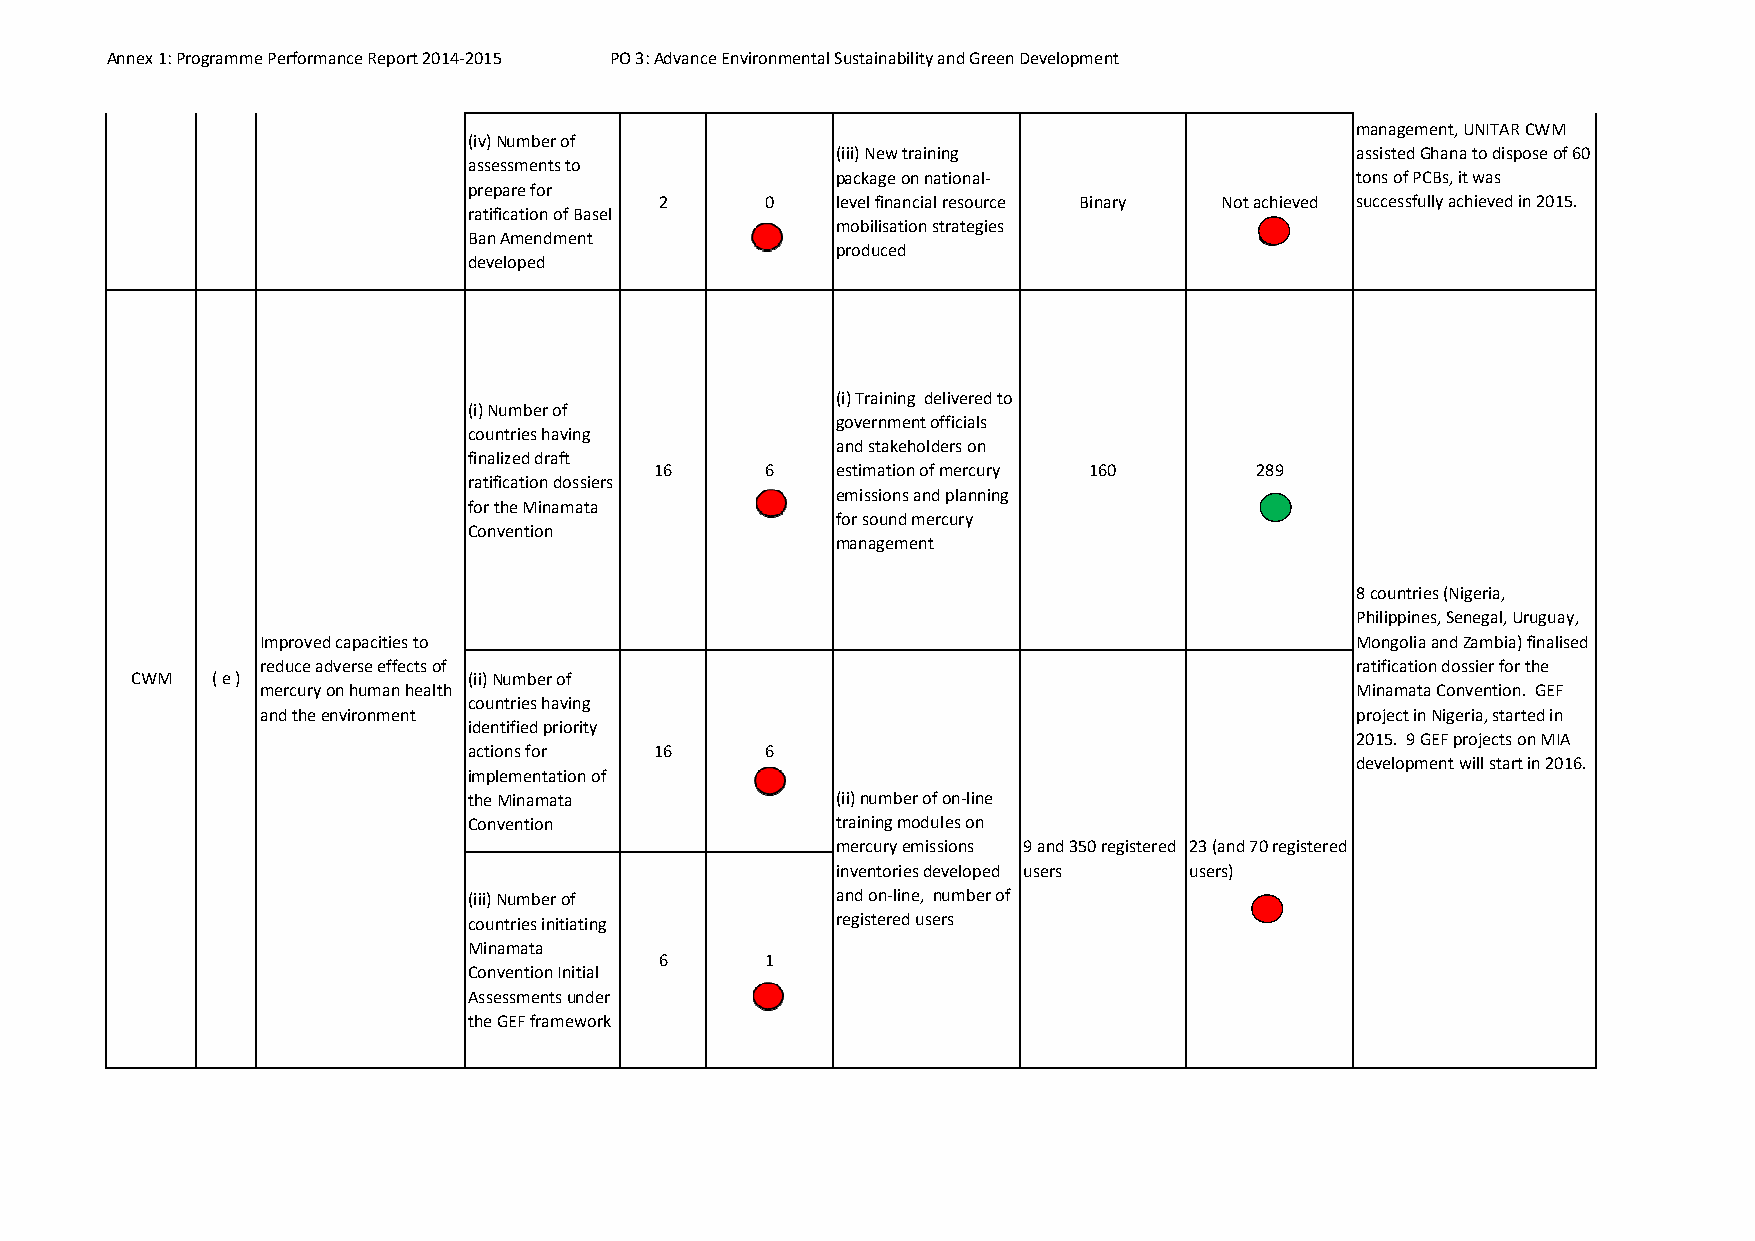
Annex 1: Programme Performance Report 2014‐2015 PO 3: Advance Environmental Sustainability and Green Development
 management, UNITAR CWM
 (iv) Number of
 (iii) New training                 assisted Ghana to dispose of 60
 assessments to
 package on national‐               tons of PCBs, it was
 prepare for
 2      0   level financial resource Binary Not achieved successfully achieved in 2015.
 ratification of Basel
 mobilisation strategies
 Ban Amendment
 produced
 developed
 (i) Training delivered to
 (i) Number of
 government officials
 countries having
 and stakeholders on
 finalized draft
 16      6   estimation of mercury 160   289
 ratification dossiers
 emissions and planning
 for the Minamata
 for sound mercury
 Convention
 management
 8 countries (Nigeria,
 Philippines, Senegal, Uruguay,
 Improved capacities to                                                   Mongolia and Zambia) finalised
 reduce adverse effects of                                                ratification dossier for the
 CWM  ( e )            (ii) Number of
 mercury on human health                                                  Minamata Convention. GEF
 countries having
 and the environment                                                      project in Nigeria, started in
 identified priority
 2015. 9 GEF projects on MIA
 actions for 16      6
 development will start in 2016.
 implementation of
 the Minamata            (ii) number of on‐line
 Convention              training modules on
 mercury emissions 9 and 350 registered 23 (and 70 registered
 inventories developed users users)
 (iii) Number of         and on‐line, number of
 countries initiating    registered users
 Minamata
 6      1
 Convention Initial
 Assessments under
 the GEF framework